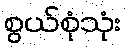
စွယ်စုံသုံး